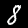
Digit: 8